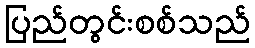
ပြည်တွင်းစစ်သည်